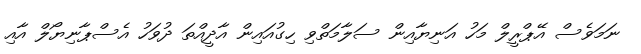
ނަމަވެސް އޭޕްރީލް މަހު އަނިޔާއިން ސަލާމަތްވި ހިގުއައިން އާދީއްތަ ދުވަހު އެސްޕާނިޔޯލް އާއި